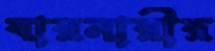
বারনারীর